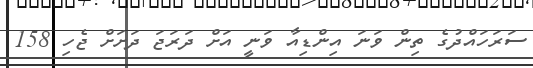
ސަރަހައްދުގެ ތިން ވަނަ އިންޑިއާ ވަނީ އަށް ދަރަޖަ ދަށަށް ޖެހި 158